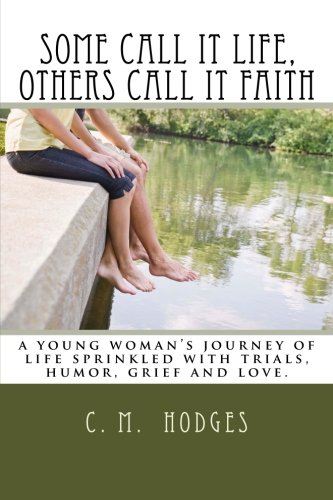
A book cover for Some Call It Life, Others Call It Faith; C M Hodges; Literature & Fiction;